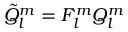
\tilde { Q } _ { l } ^ { m } = F _ { l } ^ { m } { Q } _ { l } ^ { m }